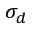
\sigma _ { d }